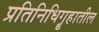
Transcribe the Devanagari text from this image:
प्रतिनिधिगॄहातील